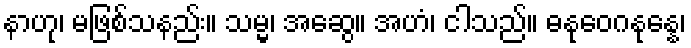
နာဟု၊ မဖြစ်သနည်း။ သမ္မ၊ အဆွေ။ အဟံ၊ ငါသည်။ ဓနုဝေဂနုန္နေ၊